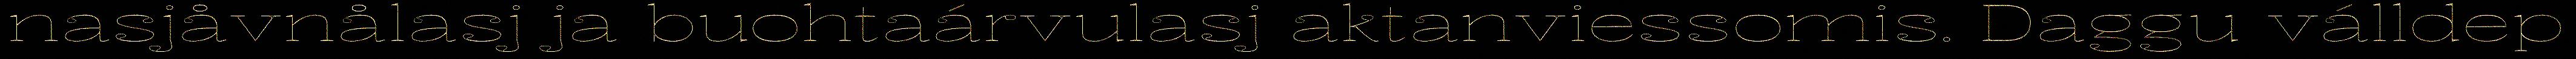
nasjåvnålasj ja buohtaárvulasj aktanviessomis. Daggu válldep